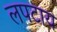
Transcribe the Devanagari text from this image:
लपटाय